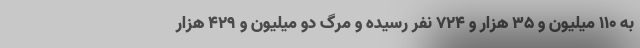
به ۱۱۰ میلیون و ۳۵ هزار و ۷۲۴ نفر رسیده و مرگ دو میلیون و ۴۲۹ هزار